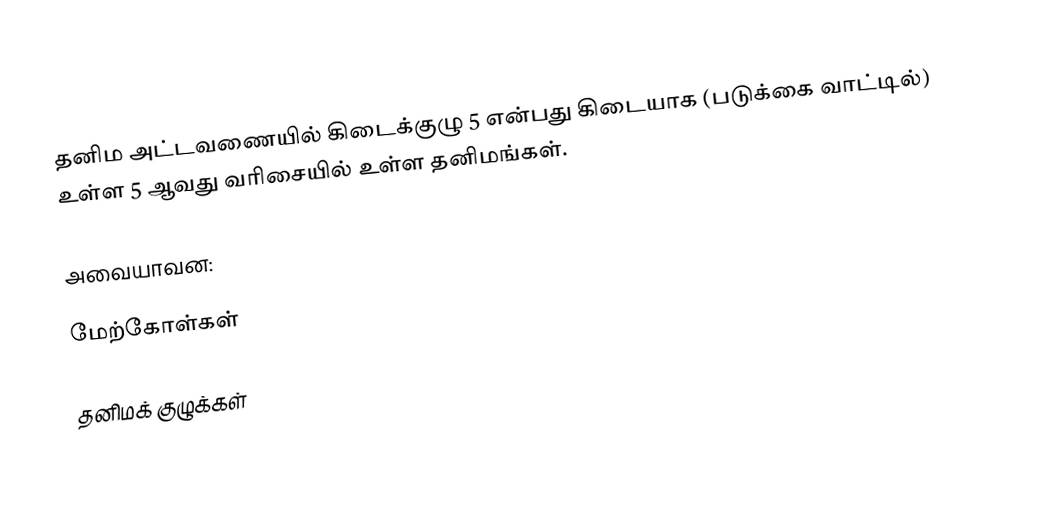
தனிம அட்டவணையில் கிடைக்குழு 5 என்பது கிடையாக (படுக்கை வாட்டில்) உள்ள 5 ஆவது வரிசையில் உள்ள தனிமங்கள்.

அவையாவன:

மேற்கோள்கள்

தனிமக் குழுக்கள்